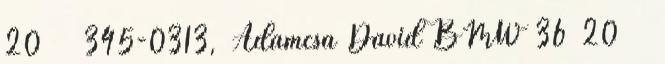
20345-0313,Adamcsa Dávid BMW3620